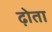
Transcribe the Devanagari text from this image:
ढ़ोता